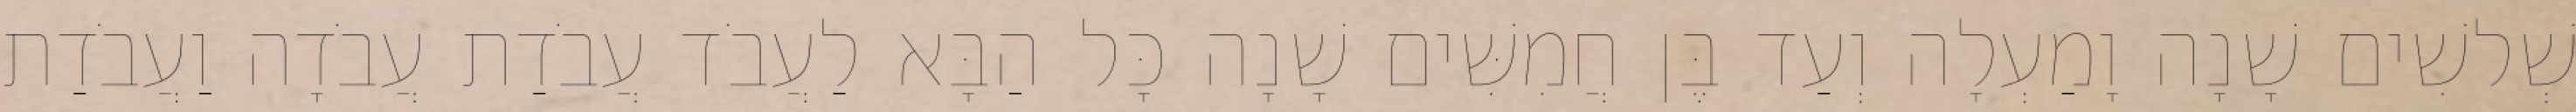
שְׁלשִׁים שָׁנָה וָמַעְלָה וְעַד בֶּן חֲמִשִּׁים שָׁנָה כָּל הַבָּא לַעֲבֹד עֲבֹדַת עֲבֹדָה וַעֲבֹדַת